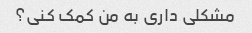
مشکلی داری به من کمک کنی؟